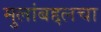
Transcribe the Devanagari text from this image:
मुलांबद्दलचा